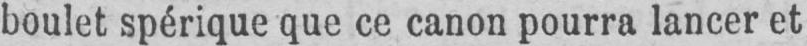
boulet spérique que ce canon pourra lancer et